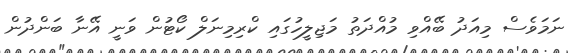
ނަމަވެސް މިއަދު ބޭއްވި މުއްދަތު މަޖިލީހުގައި ކްރިމިނަލް ކޯޓުން ވަނީ އޭނާ ބަންދުން